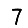
Digit: 7